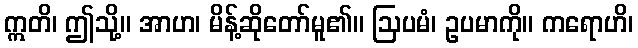
ဣတိ၊ ဤသို့။ အာဟ၊ မိန့်ဆိုတော်မူ၏။ ဩပမံ၊ ဥပမာကို။ ကရောဟိ၊